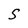
Character: S